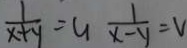
\frac { 1 } { x + y } = u \frac { 1 } { x - y } = V